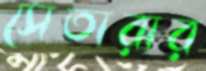
সেতারার